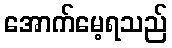
အောက်မေ့ရသည်